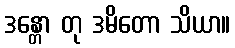
ဒန္တော တု ဒမိတော သိယာ။